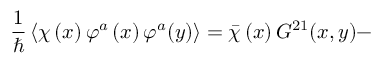
\frac { 1 } { \hbar } \left\langle \chi \left( x \right) \varphi ^ { a } \left( x \right) \varphi ^ { a } ( y ) \right\rangle = \bar { \chi } \left( x \right) G ^ { 2 1 } ( x , y ) -